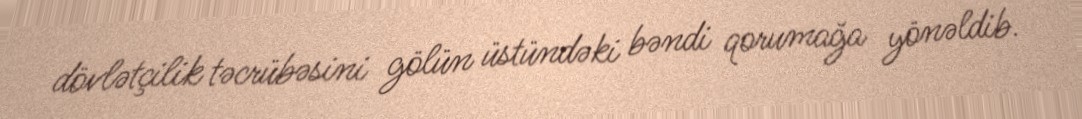
dövlətçilik təcrübəsini gölün üstündəki bəndi qorumağa yönəldib.